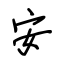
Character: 安